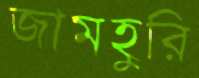
জামহুরি